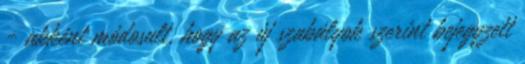
- akként módosult, hogy az új szabályok szerint bejegyzett